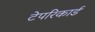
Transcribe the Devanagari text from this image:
टेपरिकार्ड